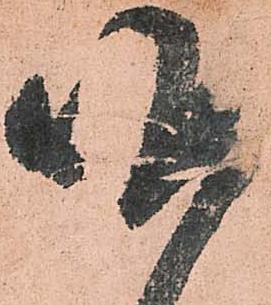
昨